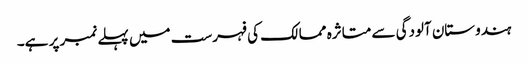
ہندوستان آلودگی سے متاثرہ ممالک کی فہرست میں پہلے نمبر پر ہے۔